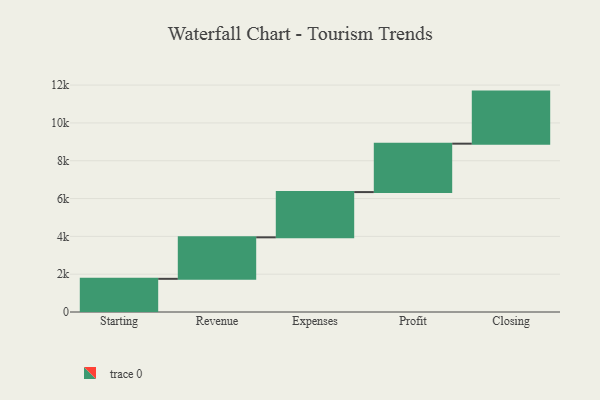
{"axis": {"x": "Step", "y": "Value"}, "legend": [""], "data": [{"x": "Starting", "y": 1754.0, "type": ""}, {"x": "Revenue", "y": 2195.0, "type": ""}, {"x": "Expenses", "y": 2393.0, "type": ""}, {"x": "Profit", "y": 2560.0, "type": ""}, {"x": "Closing", "y": 2754.0, "type": ""}]}